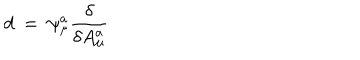
d \ = \ \psi _ { \mu } ^ { a } { \frac { \delta } { \delta A _ { \mu } ^ { a } } }